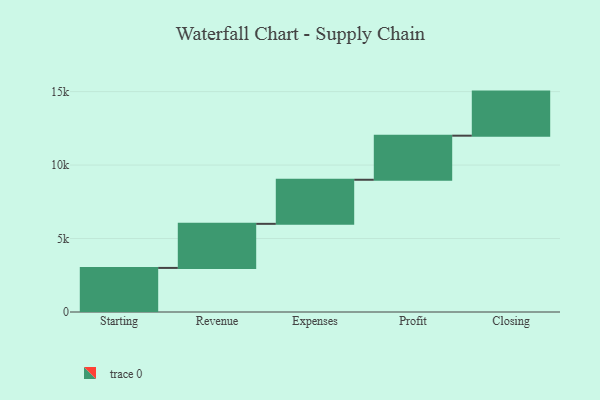
{"axis": {"x": "Step", "y": "Value"}, "legend": [""], "data": [{"x": "Starting", "y": 3000, "type": ""}, {"x": "Revenue", "y": 3000, "type": ""}, {"x": "Expenses", "y": 3000, "type": ""}, {"x": "Profit", "y": 3000, "type": ""}, {"x": "Closing", "y": 3000, "type": ""}]}